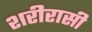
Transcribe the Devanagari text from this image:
शरीरासी